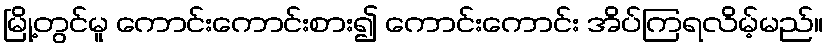
မြို့တွင်မူ ကောင်းကောင်းစား၍ ကောင်းကောင်း အိပ်ကြရလိမ့်မည်။